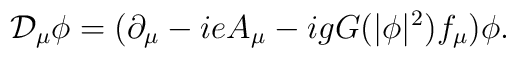
{\cal D}_\mu \phi=(\partial_\mu-ieA_\mu  -ig G(|\phi|^2)f_\mu)\phi.